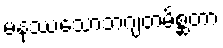
မနုဿသောဘဂျတမိစ္ဆတာ